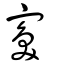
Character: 寏